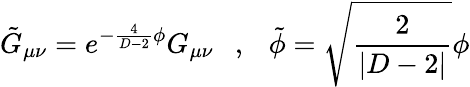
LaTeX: \tilde{G}_{\mu\nu}=e^{-\frac{4}{D-2}\phi}G_{\mu\nu}~~~,~~~\tilde{\phi}=\sqrt{\frac{2}{|D-2|}}\phi